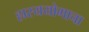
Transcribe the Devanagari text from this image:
हास्ययोगाचा